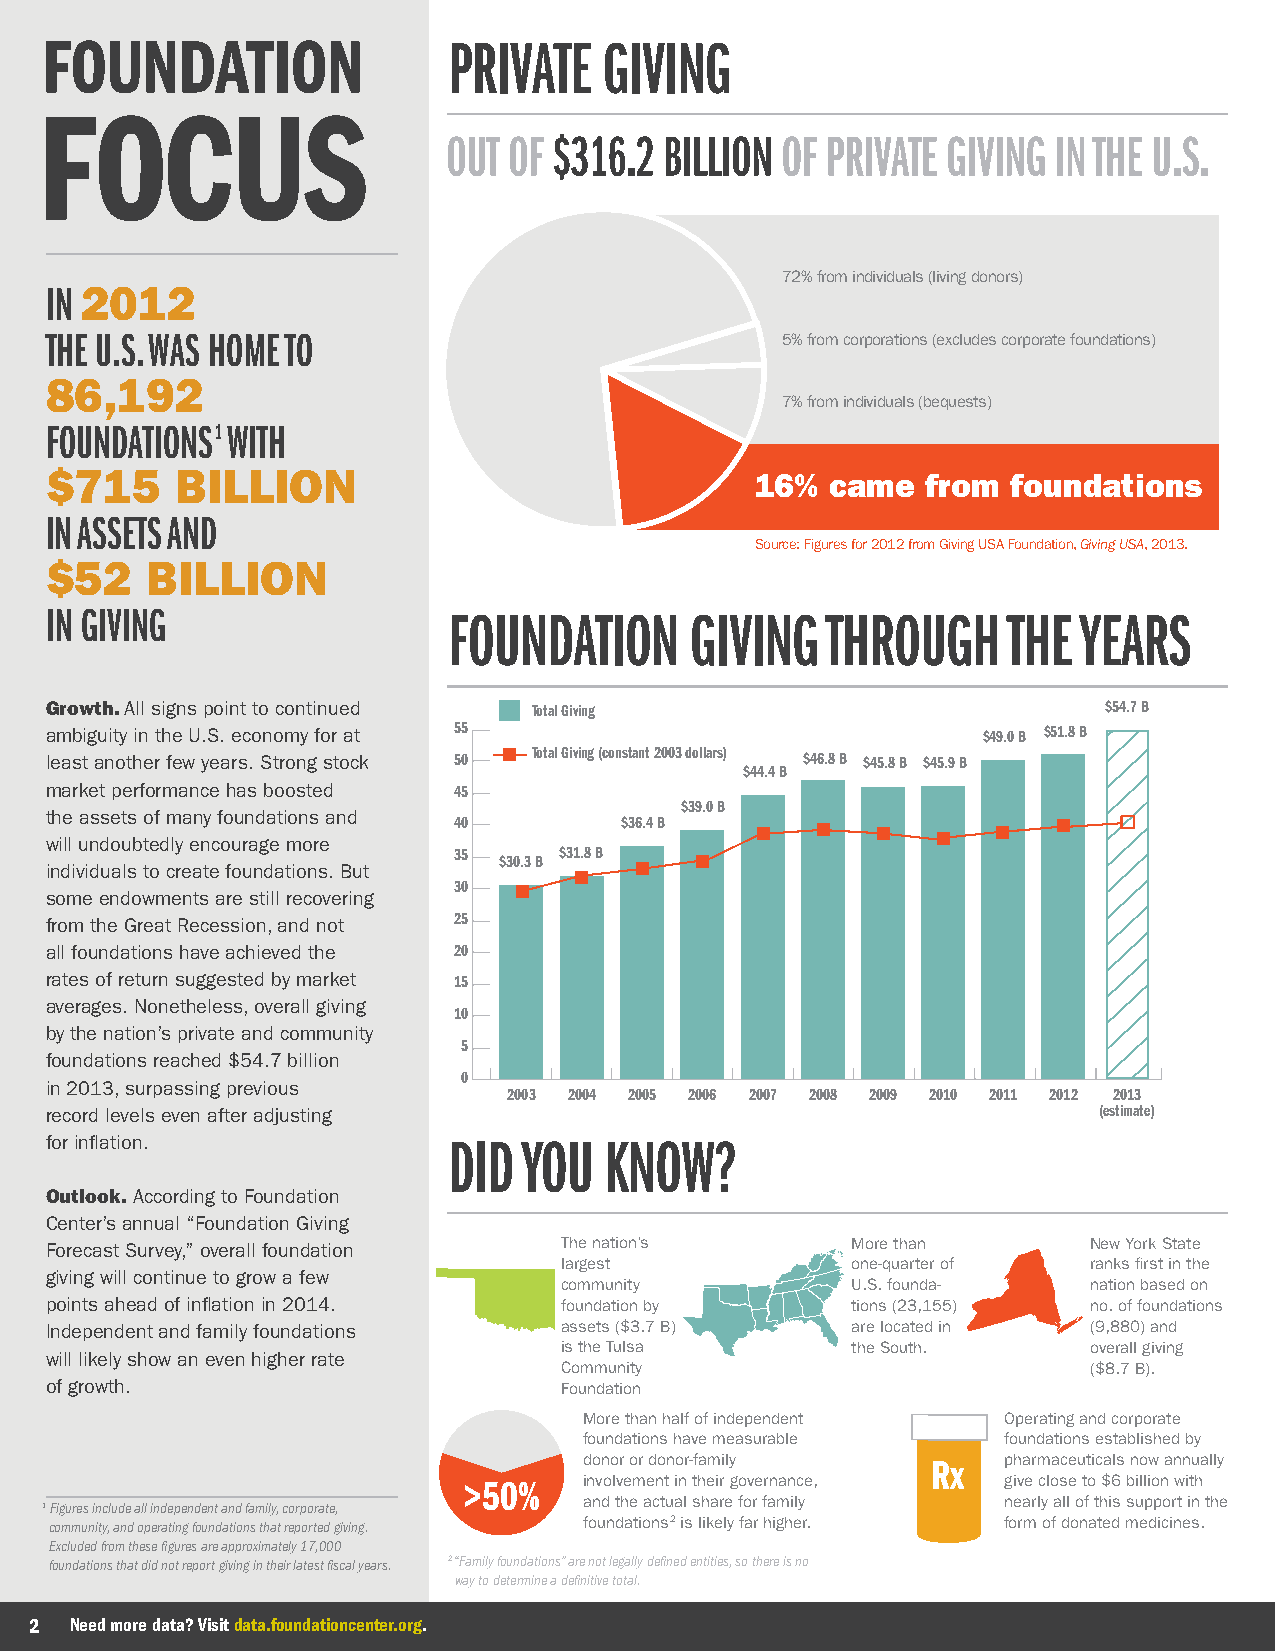
FOUNDATION                 PRIVATE   GIVING
 FOCUS
 OUT OF $316.2 BILLION OF PRIVATE GIVING IN THE U.S.
 72% from individuals (living donors)
 IN 2012
 THE U.S. WAS HOME TO                             5% from corporations (excludes corporate foundations)
 86,192
 7% from individuals (bequests)
 FOUNDATIONS1 WITH
 $715     BILLION                               16%  came  from  foundations
 IN ASSETS AND
 Source: Figures for 2012 from Giving USA Foundation, Giving USA, 2013.
 $52    BILLION
 IN GIVING                  FOUNDATION      GIVING   THROUGH     THE YEARS
 Growth. All signs point to continued Total Giving                     $54.7 B
 ambiguity in the U.S. economy for at 55                       $49.0 B $51.8 B
 least another few years. Strong stock 50 Total Giving (constant 2003 dollars) $46.8 B $45.8 B $45.9 B
 $44.4 B
 market performance has boosted 45
 $39.0 B
 the assets of many foundations and
 40         $36.4 B
 will undoubtedly encourage more
 35     $31.8 B
 $30.3 B
 individuals to create foundations. But
 30
 some endowments are still recovering
 from the Great Recession, and not 25
 all foundations have achieved the 20
 rates of return suggested by market 15
 averages. Nonetheless, overall giving
 10
 by the nation’s private and community
 5
 foundations reached $54.7 billion
 0
 in 2013, surpassing previous
 2003 2004 2005 2006 2007 2008 2009 2010 2011 2012 2013
 record levels even after adjusting                                    (estimate)
 for inflation.             DID  YOU  KNOW?
 Outlook. According to Foundation
 Center’s annual “Foundation Giving
 Forecast Survey,” overall foundation The nation’s    More than       New York State
 largest            one-quarter of  ranks first in the
 giving will continue to grow a few
 community          U.S. founda-    nation based on
 points ahead of inflation in 2014. foundation by     tions (23,155)  no. of foundations
 Independent and family foundations assets ($3.7 B)   are located in  (9,880) and
 is the Tulsa       the South.      overall giving
 will likely show an even higher rate
 Community                          ($8.7 B).
 of growth.                        Foundation
 More than half of independent Operating and corporate
 foundations have measurable foundations established by
 donor or donor-family  Rx  pharmaceuticals now annually
 >50%    involvement in their governance, give close to $6 billion with
 and the actual share for family nearly all of this support in the
 1 Figures include all independent and family, corporate,
 community, and operating foundations that reported giving. foundations2 is likely far higher. form of donated medicines.
 Excluded from these figures are approximately 17,000
 foundations that did not report giving in their latest fiscal years. 2 “Family foundations” are not legally defined entities, so there is no
 way to determine a definitive total.
 2  Need more data? Visit data.foundationcenter.org.